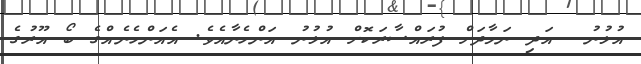
އުޅުނު  އަދި ނަމާދަށް ފުރައްސާރަކޮށް އުޅުނު އަންހެނާއެވެ. އެއަންހެނެއްގެ ބޯ އޫރުގެ